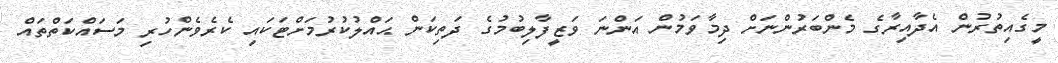
މީގެއިތުރުން އެދާއިރާގެ މެންބަރުންނަށް ދިމާވަމުން އަންނަ ވަޒީފާލިބުމުގެ ދަތިކަން ޙައްލުކުރުމަށްޓަކައި ކެރެވެންހުރި މަސައްކަތްތައް